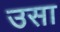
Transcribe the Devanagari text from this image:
उसा